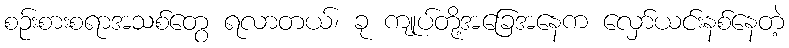
စဉ်းစားစရာအသစ်တွေ ရလာတယ်၊ ခု ကျုပ်တို့အခြေအနေက လှော်ယင်းနစ်နေတဲ့